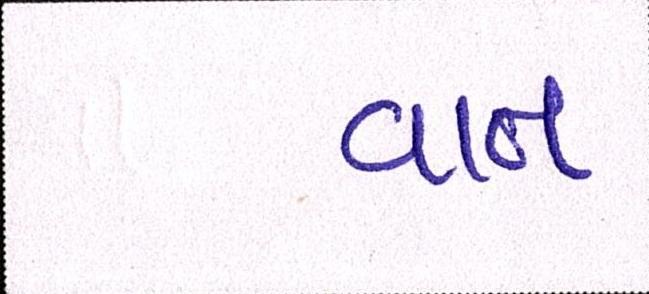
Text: વાત